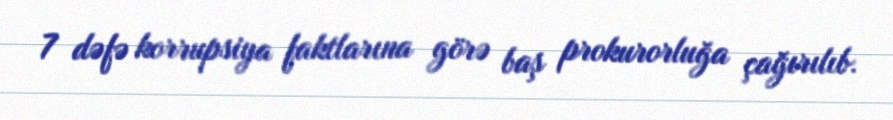
7 dəfə korrupsiya faktlarına görə baş prokurorluğa çağırılıb.